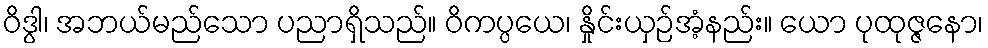
ဝိဒွါ၊ အဘယ်မည်သော ပညာရှိသည်။ ဝိကပ္ပယေ၊ နှိုင်းယှဉ်အံ့နည်း။ ယော ပုထုဇ္ဇနော၊